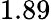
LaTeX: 1.89